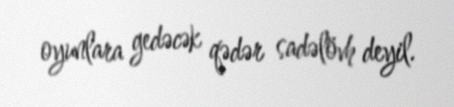
oyunlara gedəcək qədər sadəlövh deyil.